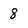
Character: 8